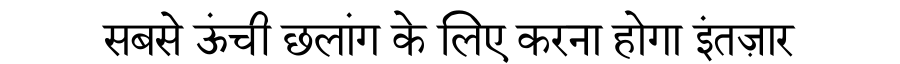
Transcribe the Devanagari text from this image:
सबसे ऊंची छलांग के लिए करना होगा इंतज़ार